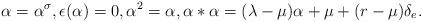
LaTeX: \begin{align*} \alpha=\alpha^\sigma,\epsilon(\alpha)=0, \alpha^2=\alpha,\alpha*\alpha=(\lambda-\mu)\alpha+\mu+(r-\mu)\delta_e.\end{align*}